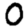
Digit: 0